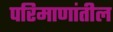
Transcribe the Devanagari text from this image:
परिमाणांतील